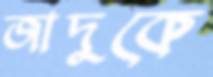
জাদুকে